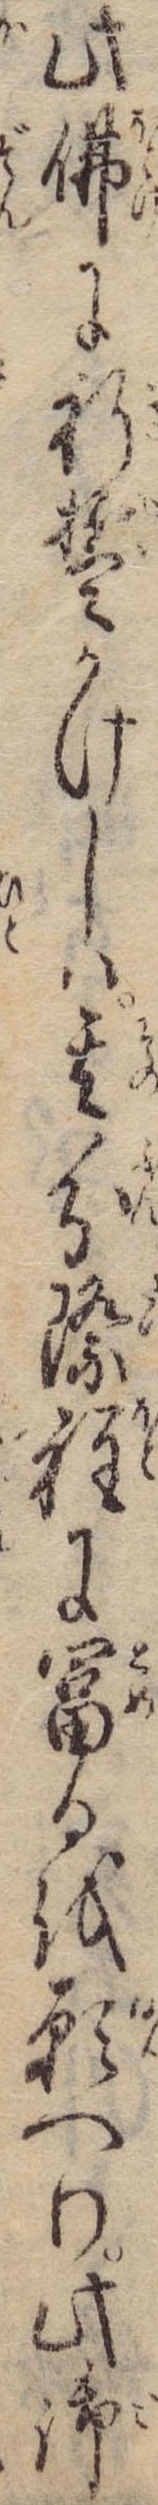
此仏に祈誓かけしは其分際程に富るを願へり此御